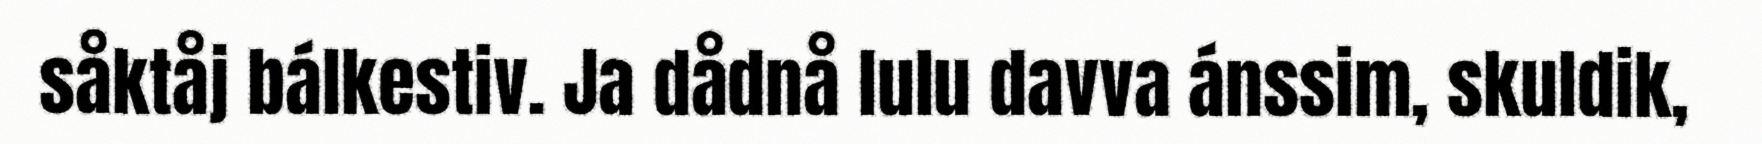
såktåj bálkestiv. Ja dådnå lulu davva ánssim, skuldik,